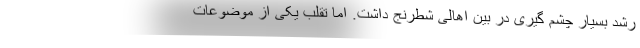
رشد بسیار چشم گیری در بین اهالی شطرنج داشت. اما تقلب یکی از موضوعات